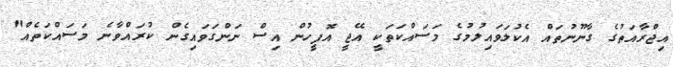
އިޖްރާއަތުގެ ގާނޫނުތައް އެކުލަވައިލުމުގެ މަސައްކަތަކީ އޭޖީ އޮފީހުން އިސް ނަންގަވައިގެން ކުރައްވާނެ މަސައްކަތެއް"